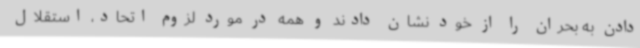
دادن به بحران را از خود نشان دادند و همه در مورد لزوم اتحاد، استقلال